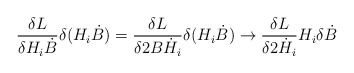
\begin{align*}{\delta L \over \delta H_i \dot B} \delta (H_i \dot B) ={\delta L \over \delta 2 B \dot H_i} \delta (H_i \dot B) \to{\delta L \over \delta 2 \dot H_i} H_i \delta \dot B\end{align*}